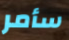
سأمر